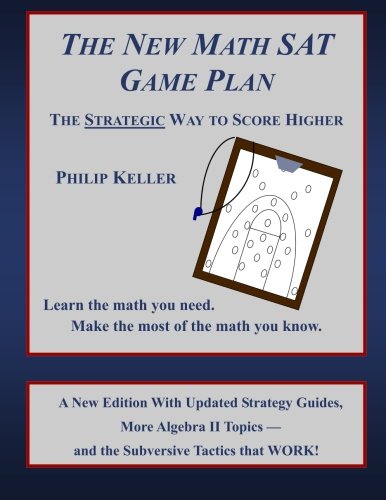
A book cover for The New Math SAT Game Plan: The Strategic Way to Score Higher; Philip Keller; Science & Math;